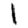
Digit: 1